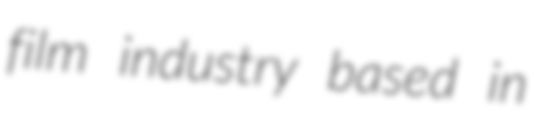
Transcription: film industry based in